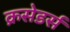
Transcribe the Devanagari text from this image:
क्रसेडर्स